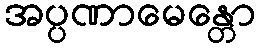
အပ္ပဏာမေန္တော